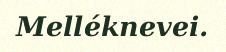
Melléknevei.